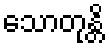
သောတုန္တိ